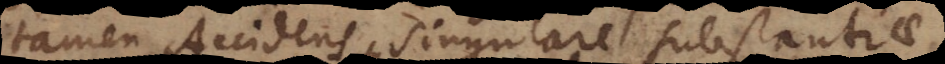
tamen Accidens singulare substantiae